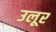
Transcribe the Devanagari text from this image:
उलूर